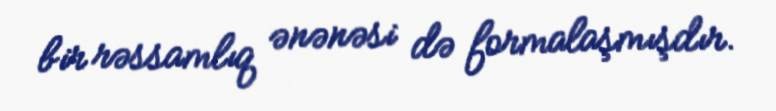
bir rəssamlıq ənənəsi də formalaşmışdır.